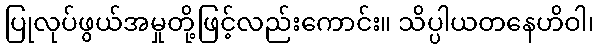
ပြုလုပ်ဖွယ်အမှုတို့ဖြင့်လည်းကောင်း။ သိပ္ပါယတနေဟိဝါ၊